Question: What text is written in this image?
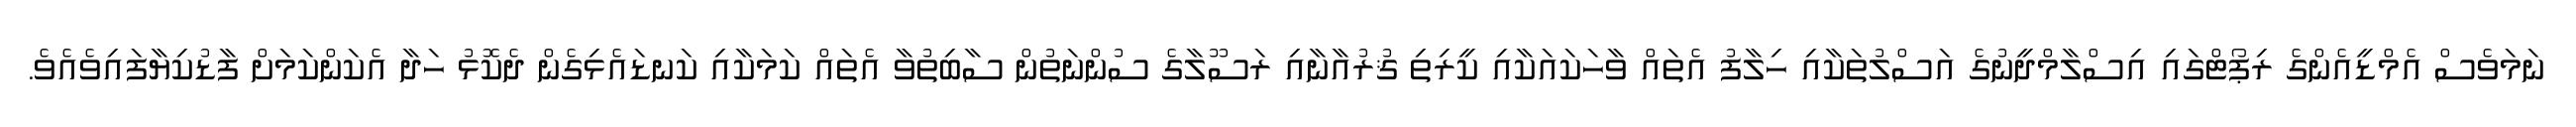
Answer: ނަމަވެސް އެމްޑީއެންގެ ރިޕޯޓްގައި އިސްލާމްދީނުގެ އަސްލުތަކާއި ހިލާފު އެތައް ވާހަކައަކާއި ކީރިތި ޤުރުއާނާއި ރަސޫލާގެ ސުންނަތުން ސާބިތުވާ އެތައް ކަމަކާއި ކަނޑައެޅިގެން ދެކޮޅު ހަދާ އެކަންކަމަށް ފާޑުކިޔާފައިވެއެވެ.